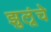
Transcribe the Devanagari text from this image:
झुलूंचे